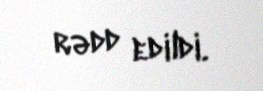
rədd edildi.